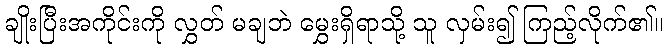
ချိုးပြီးအကိုင်းကို လွှတ် မချဘဲ မွှေးရှိရာသို့ သူ လှမ်း၍ ကြည့်လိုက်၏။